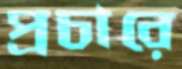
প্রচারে